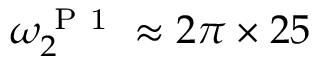
\omega _ { 2 } ^ { \mathrm { ~ P ~ 1 ~ } } \approx 2 \pi \times 2 5